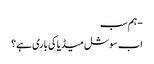
- ہم سب
اب سوشل میڈیا کی باری ہے؟